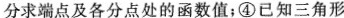
分求端点及各分点处的函数值；④已知三角形